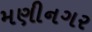
મણીનગર